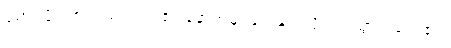
မောင်ဖိုးသာလည်း ၎င်း၏ နောက်မှ မြင်းနှင့် လိုက်ပါသွားရလေ၏။